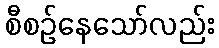
စီစဉ်နေသော်လည်း